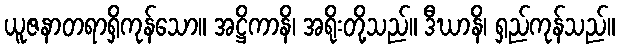
ယူဇနာတရာရှိကုန်သော။ အဋ္ဌိကာနိ၊ အရိုးတို့သည်။ ဒီဃာနိ၊ ရှည်ကုန်သည်။